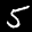
Label: 5